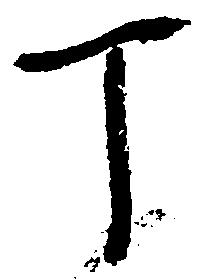
丁